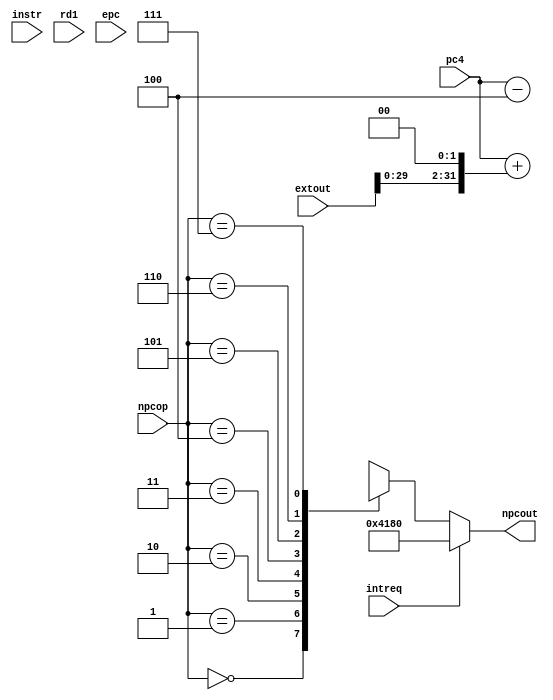
`timescale 1ns / 1ps

module NPC(pc4,extout,instr,rd1,epc,npcop,intreq,npcout);
input [31:0] pc4,extout,instr,rd1,epc;
input [2:0] npcop;
input intreq;
output [31:0] npcout;

wire [31:0]tmp[7:0];
wire [31:0]offset,pc;
assign pc=pc4-4;
assign offset={extout[29:0],2'b00};

assign tmp[0]=pc4+offset;
assign tmp[1]={pc[31:28],instr[25:0],2'b00};
assign tmp[2]=rd1;
assign tmp[3]=32'h00004180;
assign tmp[4]=epc;
assign npcout=(intreq)?tmp[3]:
					tmp[npcop];
endmodule